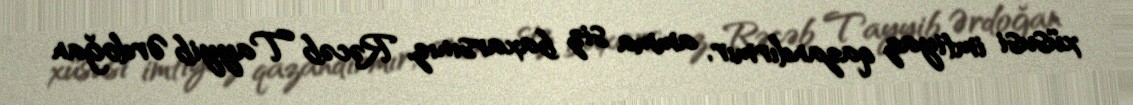
xüsusi imtiyaz qazandırmır, amma siz baxarsınız, Rəcəb Tayyib Ərdoğan